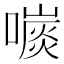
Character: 𡀕